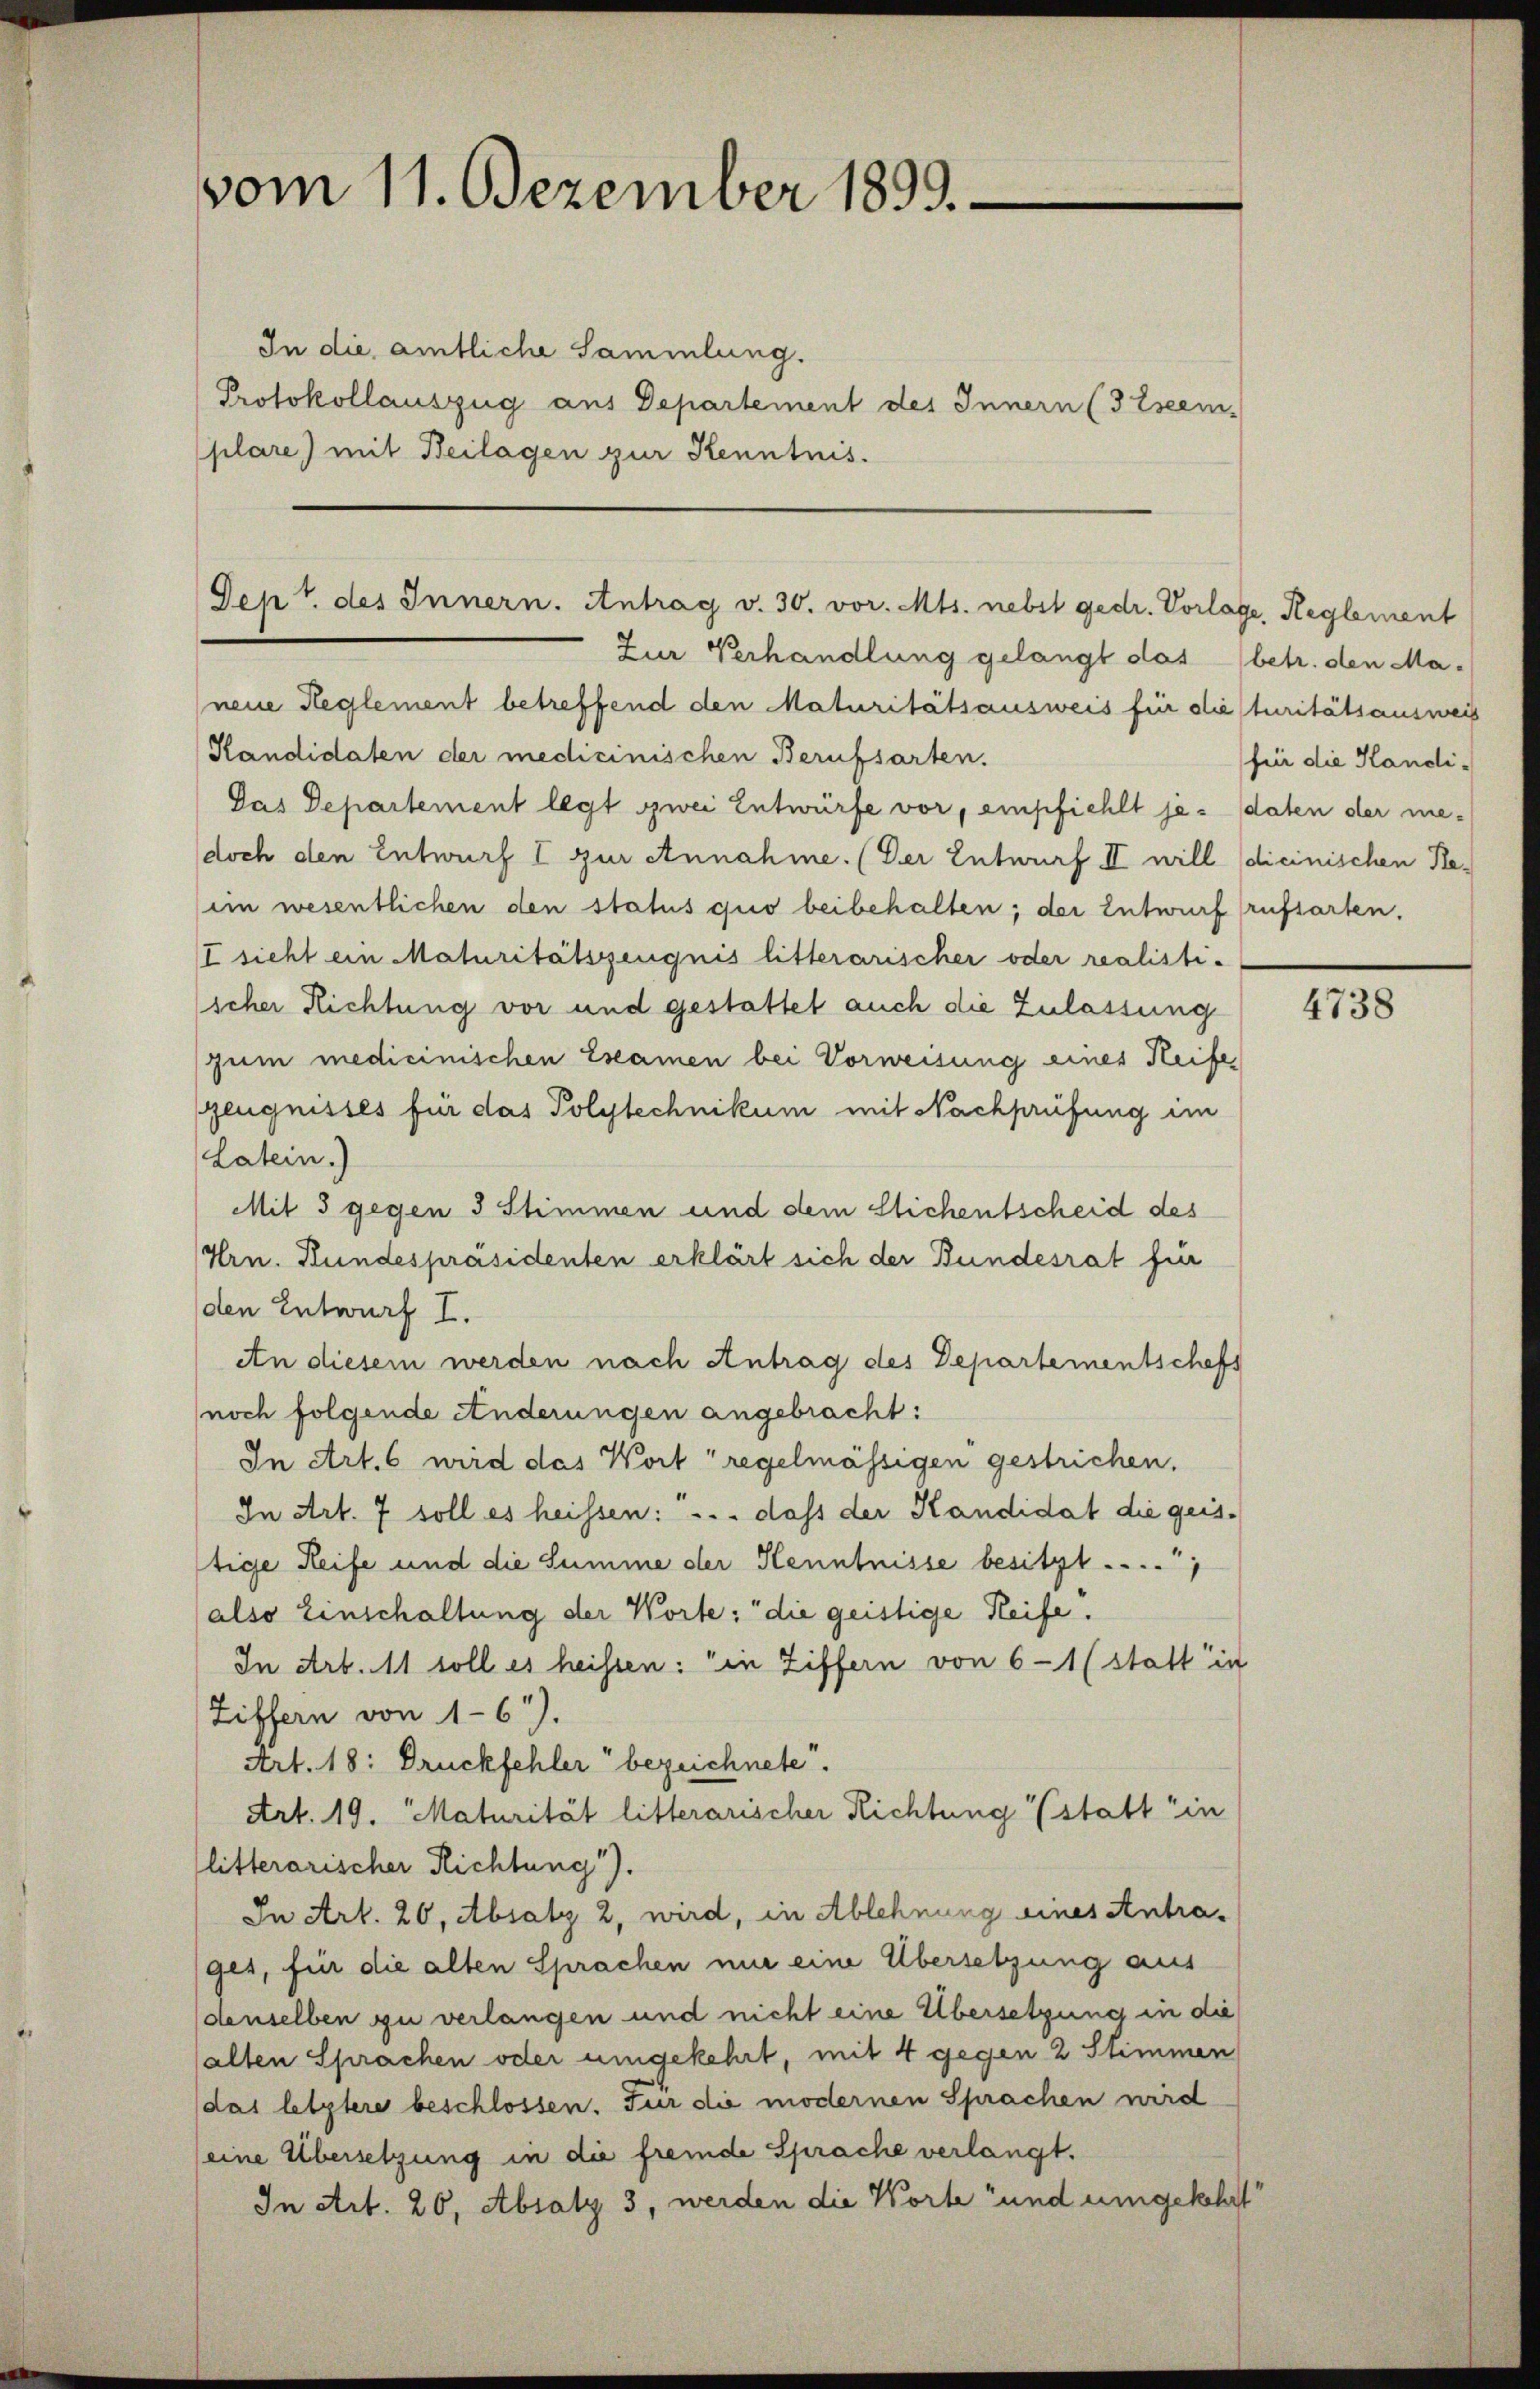
vom 11. Dezember 1899.

In die amtliche Sammlung.
Protokollauszug aus Departement des Innern (3 Eseem-
plare) mit Beilagen zur Kenntnis.

Dept. des Innern. Antrag v. 30. vor. Mts. nebst gedr. Vorlage, Reglement

neue Reglement betreffend den Maturitätsausweis für die sturitätsausweis
Kandidaten der medicinischen Berufsarten.
Das Departement legt zwei Entwürfe vor, empfiehlt je daten der medoch den Entwurf I zur Annahme. (Der Entwurf II will dicinischen Reim wesentlichen den status quo beibehalten; der Entwurf (rufsarten.
I sicht ein Maturitätszeugnis litterarischer oder realisti-
icher Richtung vor und gestattet auch die Zulassung
zum medicinischen Examen bei Vorweisung eines Reife
geugnisses für das Polytechnikum mit Nachprüfung im
Latein.)
Mit 3 gegen 3 Stimmen und dem Stichentscheid des
Hrn. Kundespräsidenten erklärt sich der Bundesrat für
den Entwurf I.
An diesem werden nach Antrag des Departementscheft
noch folgende Anderungen angebracht:
In Art. 6 wird das Wort regelmässigen gestrichen.
In Art. 7 soll es heissen: . . . dass der Kandidat die geistige Reife und die Summe der Kenntnisse besitzt,
(also Einschaltung der Worte: die geistige Reife.
In Art. 11 soll es heissen: in Ziffern von 61 (statt in
Ziffern von 161).
Art. 18: Druckfehler bezeichnete.
Art. 19. Maturität litterarischer Richtung (statt in
litterarischer Richtung).
In Art. 20, Absatz 2, wird, in Ablehnung eines Antrager, für die alten Sprachen nur eine Übersetzung aus
denselben zu verlangen und nicht eine Übersetzung in die
alten Sprachen oder umgekehrt, mit 4 gegen 2 Stimmen
(das letztere beschlossen. Für die modernen Sprachen wird
(eine Übersetzung in die fremde Sprache verlangt.
In Art. 26, Absatz 3, werden die Worte und umgekehrt

Zur Verhandlung gelangt das (betr. den Ma¬

für die Kandi-

4738